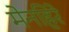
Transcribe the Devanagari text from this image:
मेनहिरे